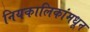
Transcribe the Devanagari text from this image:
नियकालिकांमधून